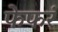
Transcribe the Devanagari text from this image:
फेफरं